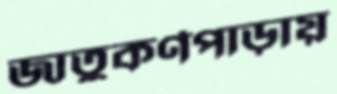
জাতুকর্ণপাড়ায়